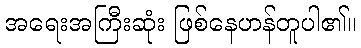
အရေးအကြီးဆုံး ဖြစ်နေဟန်တူပါ၏။